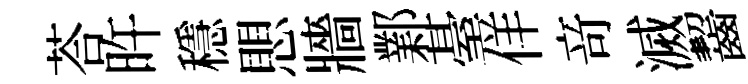
荅旿穩愳牆鄴䑓佯竒滅齧